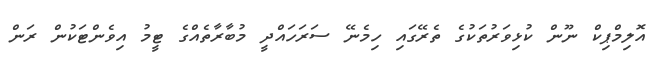
އޮލިމްޕިކް ނޫން ކުޅިވަރުތަކުގެ ތެރޭގައި ހިމެނޭ ސަރަހައްދީ މުބާރާތެއްގެ ޓީމު އިވެންޓަކުން ރަން